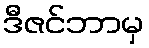
ဒီဇင်ဘာမှ